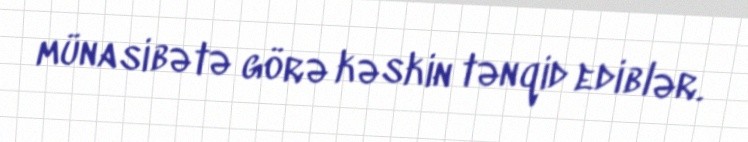
münasibətə görə kəskin tənqid ediblər.